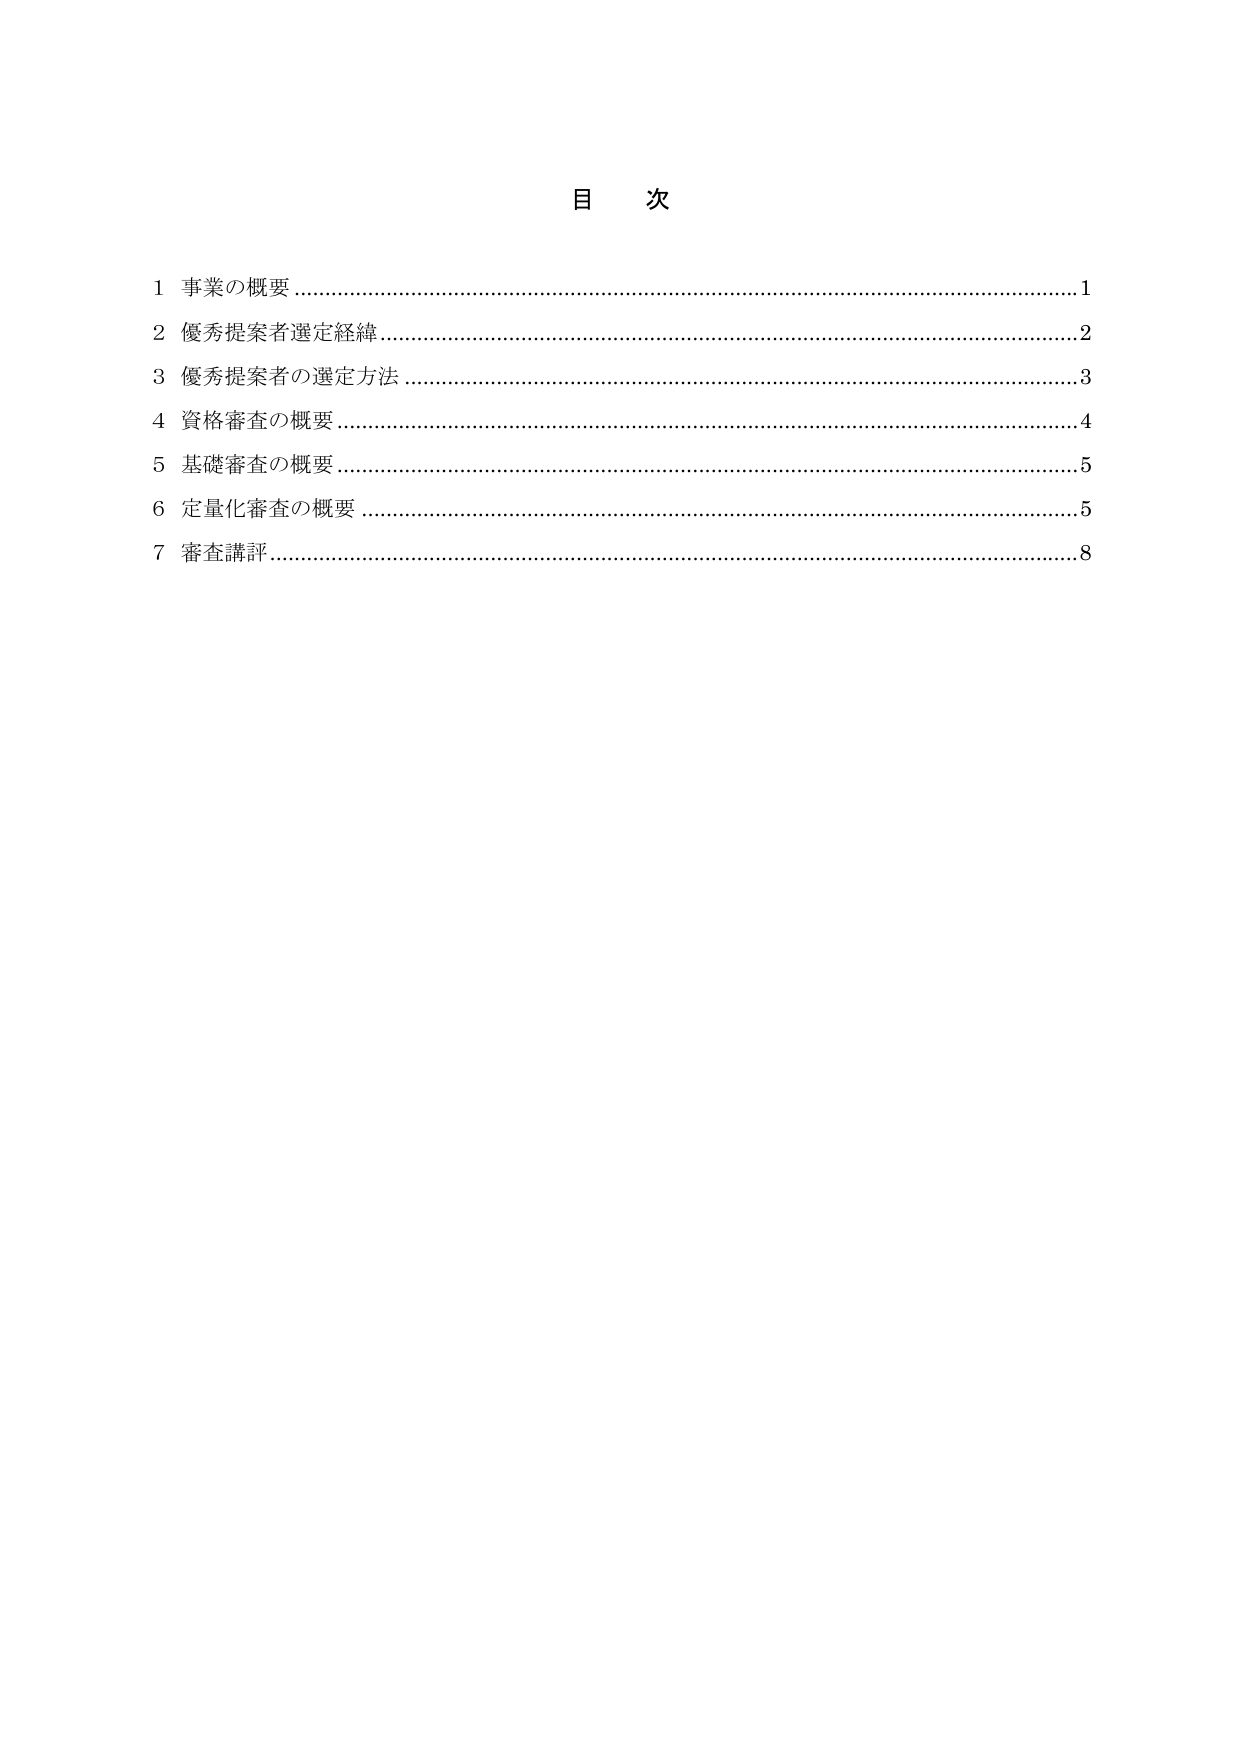
目 次

1 事業の概要 ………………………………………………………………………… 1
2 優秀提案者選定経緯 ………………………………………………………………… 2
3 優秀提案者の選定方法 ……………………………………………………………… 3
4 資格審査の概要 ……………………………………………………………………… 4
5 基礎審査の概要 ……………………………………………………………………… 5
6 定量化審査の概要 …………………………………………………………………… 5
7 審査講評 ……………………………………………………………………………… 8